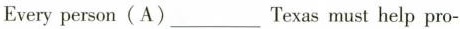
Every person(A)___Texas must help pro-